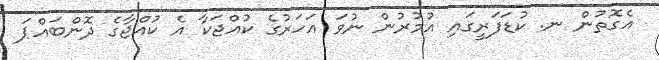
އެގޮތުން ނ. ކުޑަފަރީގައި އުމުރުން ނުވަ އަހަރުގެ ކުއްޖަކާ އެ ކުއްޖާގެ ދޮންބައްޕަ